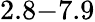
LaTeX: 2.8\mathrm{-}7.9